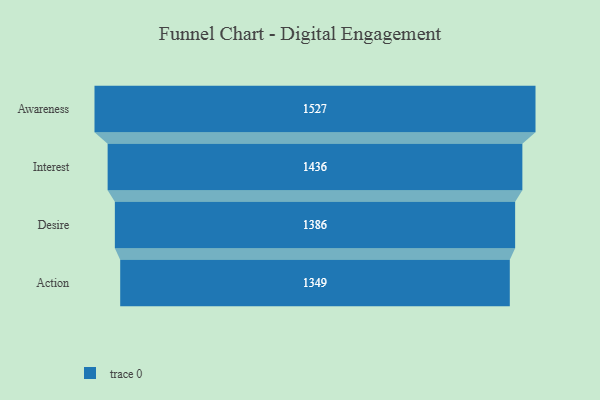
{"axis": {"x": "Stage", "y": "Value"}, "legend": [""], "data": [{"x": "Awareness", "y": 1527.0, "type": ""}, {"x": "Interest", "y": 1436.0, "type": ""}, {"x": "Desire", "y": 1386.0, "type": ""}, {"x": "Action", "y": 1349.0, "type": ""}]}